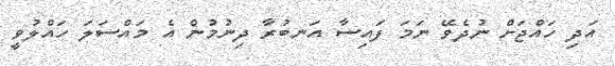
އަދި ހައްޖަށް ނުދެވޭ ނަމަ ފައިސާ އަނބުރާ ދިނުމުން އެ މައްސަލަ ހައްލުވީ